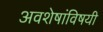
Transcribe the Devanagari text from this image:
अवशेषांविषयी